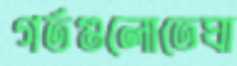
গর্তগুলোতেঘা